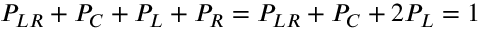
P _ { L R } + P _ { C } + P _ { L } + P _ { R } = P _ { L R } + P _ { C } + 2 P _ { L } = 1